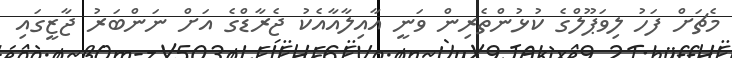
މެޗަށް ފަހު ލިވަޕޫލްގެ ކުޅުންތެރިން ވަނީ އާއިލާއާއެކު ޖެރާޑްގެ އަށް ނަންބަރު ޖާޒީގައި